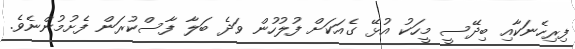
ފިރިހެނަކާއި ބިދޭސީ މީހަކު އުޅޭ ގެއަކަށް ފުލުހުން ވަދެ ބަލާ ފާސްކުރަން ފެށުމުންނެވެ.